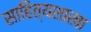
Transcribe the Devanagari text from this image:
साहित्यशाखा